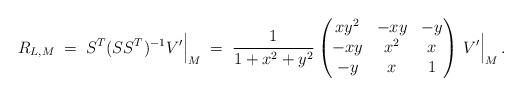
LaTeX: \begin{align*} R_{L,M} \;=\; S^T (S S^T)^{-1} V' \Big|_M \;=\; \frac1{1+x^2+y^2} \begin{pmatrix} xy^2 & -xy & -y \\ -xy & x^2 & x \\ -y & x & 1 \end{pmatrix} \, V' \Big|_M \,.\end{align*}